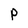
Character: P